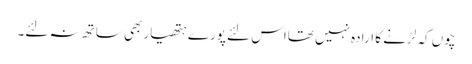
چوں کہ لڑنے کا ارادہ نہیں تھااس لئے پورے ہتھیار بھی ساتھ نہ لئے۔